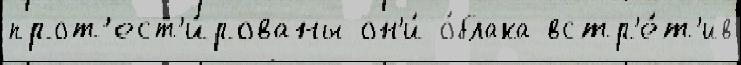
прот'ест'и́рованы он'и́ о́блака встр'е́т'ив